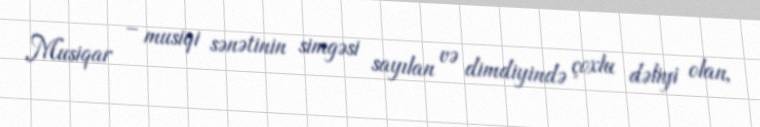
Musiqar – musiqi sənətinin simgəsi sayılan və dimdiyində çoxlu dəliyi olan,